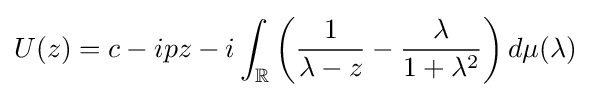
U(z)=c-ipz-i\int _{\mathbb {R} }\left({\frac {1}{\lambda -z}}-{\frac {\lambda }{1+\lambda ^{2}}}\right)d\mu (\lambda )